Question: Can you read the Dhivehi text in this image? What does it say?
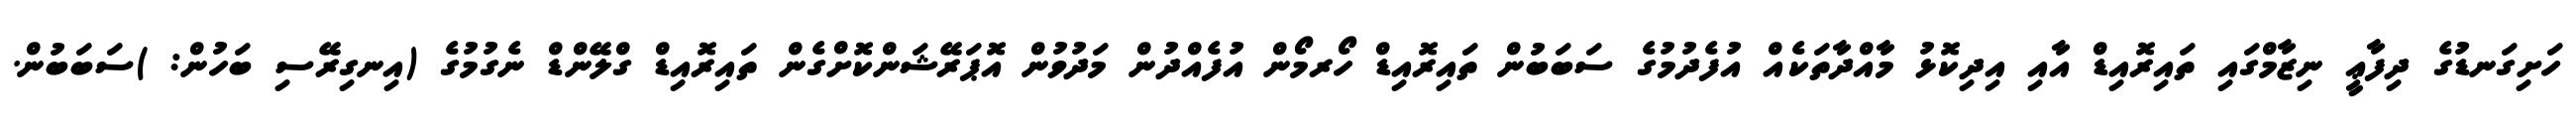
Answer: ހަށިގަނޑުގެ ދިފާޢީ ނިޒާމްގައި ތައިރޮއިޑް އާއި އިދިކޮޅު މާއްދާތަކެއް އުފެދުމުގެ ސަބަބުން ތައިރޮއިޑް ހޯރމޯން އުފެއްދުން މަދުވުން އޮޕަރޭޝަންކޮށްގެން ތައިރޮއިޑް ގްލޭންޑް ނެގުމުގެ (އިނގިރޭސި ބަހުން: )ސަބަބުން.